Lunatic asylums Madras 1877-1891 - 1877-1891
Year: 1877
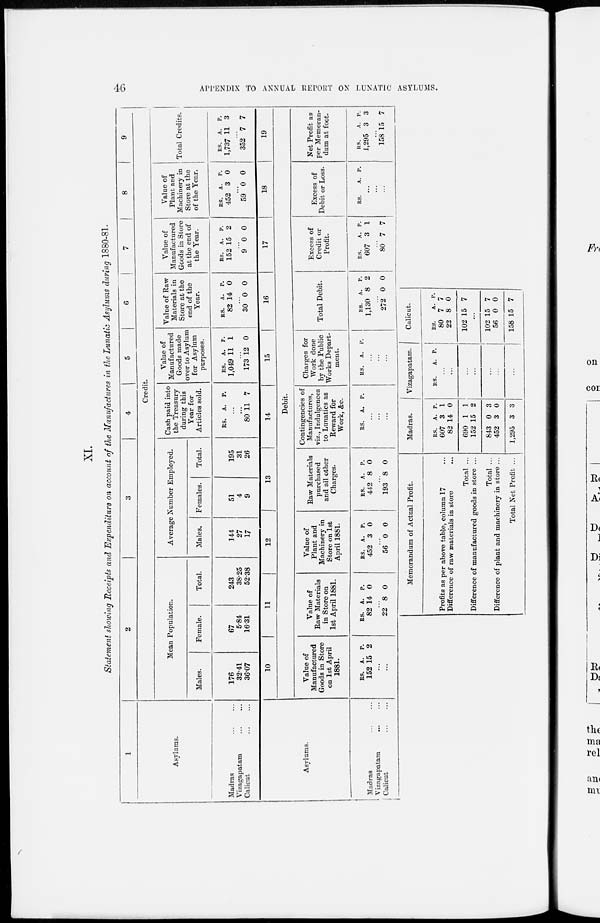
46
APPENDIX TO ANNUAL REPORT ON LUNATIC ASYLUMS.
XI.
Statement showing Receipts and Expenditure on account of the Manufactures in the Lunatic Asylums during 1880-81.
1
Asylums.
Madras ... ...
Vizagapatam ... ...
Calicut ... ...
Asylums.
Madras ... ...
Vizagapatam ... ...
Calicut
...
..
2
3
4
5
6
7
8
9
Credit.
Mean Population.
Males.
176
32.41
36.07
Female.
67
5.84
16.31
10
Total.
243
38.25
52.38
11
Average Number Employed.
Males.
144
27
17
Females.
51
4
9
12
Total.
195
31
26
13
Cash paid into
the Treasury
during this
Year for
Articles sold.
Rs.
A.
P.
...
...
80 11 7
14
Value of
Manufactured
Goods made
over to Asylum
for Asylum
purposes.
Rs.
1,04
A.
11
P.
1
...
173 12 0
15
Value of Raw
Materials in
Store at the
end of the
Year.
Rs.
82 1
A.
4
P.
0
...
30 0 0
16
Value of
Manufactured
Goods in Store
at the end of
the Year.
Rs.
152
A.
15
P.
2
...
9 0 0
17
Value of
Plant and
Machinery in
Store at the
of the Year.
Rs.
452
A.
3
P.
0
...
59 0 0
18
Total Credits.
Rs.
1,737
A.
11
P.
3
...
352 7 7
19
Debit.
Value of
Manufactured
Goods in Store
on 1st April
1881.
Rs.
152
A.
15
P.
2
..
...
Value of
Raw Materials
in Store on
1st April 1881.
Rs.
82
A.
14
P.
0
...
22 8 0
Value of
Plant and
Machinery in
Store on 1st
April 1881.
Rs.
452
A.
3
P.
0
...
56 0 0
Raw Materials
purchased
and all other
Charges.
Rs.
442
A.
8
P.
0
...
193 8 0
Contingencies of
Manufactures,
viz., Indulgences
to Lunatics as
Reward for
Work, &c.
Rs.
A.
P.
...
...
...
Charges for
Work done
by the Public
Works Department.
Rs.
A
P.
...
...
...
Total Debit.
Rs.
1,130
A.
8
P.
2
...
272 0 0
Excess of
Credit or
Profit.
Rs.
607
A.
3
P.
1
...
80 7 7
Excess of
Debit or Loss.
Rs.
A.
P.
...
...
...
Net Profit as
per Memoran-
dum at foot.
Rs.
1,295
A.
3
P.
3
...
158 15 7
Memorandum of Actual Profit.
Profits as per above table, column 17 ...
Difference of raw materials in store ...
Total ...
Difference of manufactured goods in store ...
Total ...
Difference of plant and machinery in store ...
Total Net Profit ...
Madras.
Rs.
607
82
690
152
843
452
1,295
A.
3
14
1
15
0
3
3
P.
1
0
1
2
3
0
3
Vizagapatam.
Rs.
A. P.
...
...
...
...
...
...
...
Calicut.
Rs.
80
22
102
A.
7
8
15
P.
7
0
7
...
102
56
158
15
0
15
7
0
7